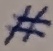
Text: #